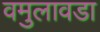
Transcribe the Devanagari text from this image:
वमुलावडा